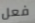
فعل